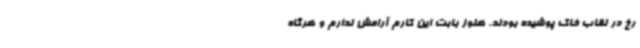
رخ در نقاب خاک پوشیده بودند. هنوز بابت این کارم آرامش ندارم و هرگاه